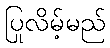
ပြုလိမ့်မည်